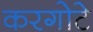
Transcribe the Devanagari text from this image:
करगोटे